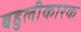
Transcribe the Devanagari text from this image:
बहुलीकारक